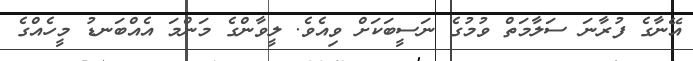
އޭނާގެ ފުރާނަ ސަލާމަތް ވުމުގެ ނަސީބަކަށް ވިއެވެ. ލީވާންގެ މަންމަ އެއްބަނޑު މީހެއްގެ